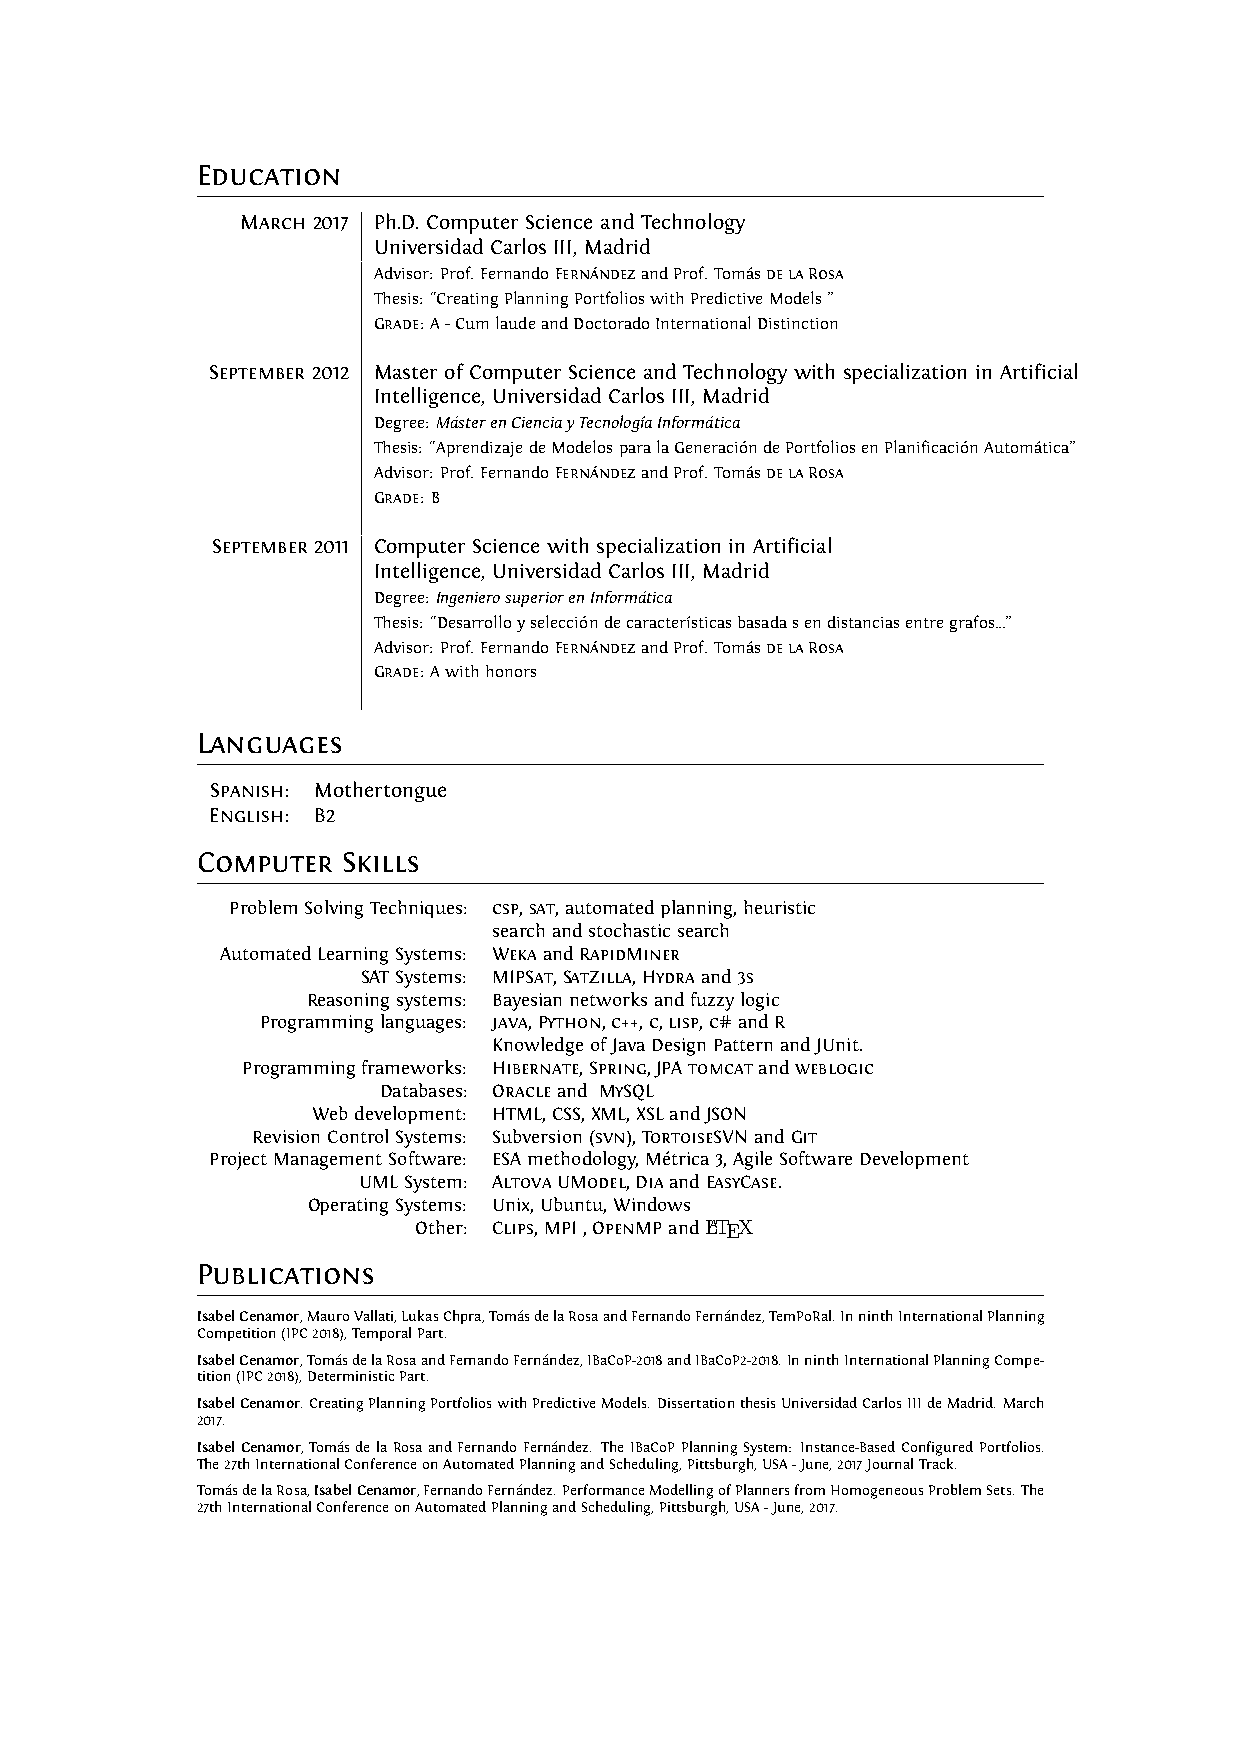
Education
 March 2017 Ph.D. Computer Science and Technology
 Universidad Carlos III, Madrid
 Advisor: Prof. FernandoFernándezandProf. TomásdelaRosa
 Thesis: “CreatingPlanningPortfolioswithPredictiveModels”
 Grade: A-CumlaudeandDoctoradoInternationalDistinction
 September 2012 Master of Computer Science and Technology with specialization in Artificial
 Intelligence, Universidad Carlos III, Madrid
 Degree: MásterenCienciayTecnologíaInformática
 Thesis: “AprendizajedeModelosparalaGeneracióndePortfoliosenPlanificaciónAutomática”
 Advisor: Prof. FernandoFernándezandProf. TomásdelaRosa
 Grade: B
 September 2011 Computer Science with specialization in Artificial
 Intelligence, Universidad Carlos III, Madrid
 Degree: IngenierosuperiorenInformática
 Thesis: “Desarrolloyseleccióndecaracterísticasbasadasendistanciasentregrafos...”
 Advisor: Prof. FernandoFernándezandProf. TomásdelaRosa
 Grade: Awithhonors
 Languages
 Spanish: Mothertongue
 English: B2
 Computer  Skills
 ProblemSolvingTechniques: csp,sat,automatedplanning,heuristic
 searchandstochasticsearch
 AutomatedLearningSystems: WekaandRapidMiner
 SATSystems: MIPSat,SatZilla,Hydraand3s
 Reasoningsystems: Bayesiannetworksandfuzzylogic
 Programminglanguages: java,Python,c++,c,lisp,c#andR
 KnowledgeofJavaDesignPatternandJUnit.
 Programmingframeworks: Hibernate,Spring,JPAtomcatandweblogic
 Databases: Oracleand MySQL
 Webdevelopment: HTML,CSS,XML,XSLandJSON
 RevisionControlSystems: Subversion(svn),TortoiseSVNandGit
 ProjectManagementSoftware: ESAmethodology,Métrica3,AgileSoftwareDevelopment
 UMLSystem: AltovaUModel,DiaandEasyCase.
 OperatingSystems: Unix,Ubuntu,Windows
 Other: Clips,MPI,OpenMPandLATEX
 Publications
 IsabelCenamor,MauroVallati,LukasChpra,TomásdelaRosaandFernandoFernández,TemPoRal.InninthInternationalPlanning
 Competition(IPC2018),TemporalPart.
 IsabelCenamor,TomásdelaRosaandFernandoFernández,IBaCoP-2018andIBaCoP2-2018.InninthInternationalPlanningCompe-
 tition(IPC2018),DeterministicPart.
 IsabelCenamor. CreatingPlanningPortfolioswithPredictiveModels. DissertationthesisUniversidadCarlosIIIdeMadrid. March
 2017.
 IsabelCenamor,TomásdelaRosaandFernandoFernández. TheIBaCoPPlanningSystem: Instance-BasedConfiguredPortfolios.
 The27thInternationalConferenceonAutomatedPlanningandScheduling,Pittsburgh,USA-June,2017JournalTrack.
 TomásdelaRosa,IsabelCenamor,FernandoFernández.PerformanceModellingofPlannersfromHomogeneousProblemSets.The
 27thInternationalConferenceonAutomatedPlanningandScheduling,Pittsburgh,USA-June,2017.